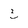
Character: 3